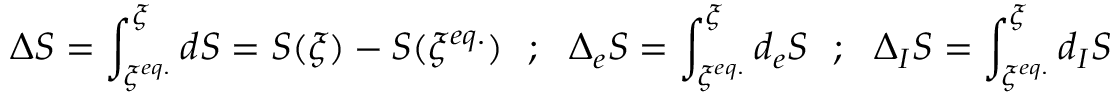
\Delta S = \int _ { \xi ^ { e q . } } ^ { \xi } d S = S ( \xi ) - S ( \xi ^ { e q . } ) \ \ ; \ \ \Delta _ { e } S = \int _ { \xi ^ { e q . } } ^ { \xi } d _ { e } S \ \ ; \ \ \Delta _ { I } S = \int _ { \xi ^ { e q . } } ^ { \xi } d _ { I } S